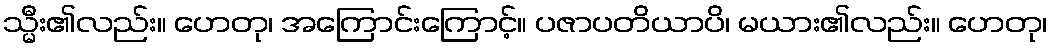
သ္မီး၏လည်း။ ဟေတု၊ အကြောင်းကြောင့်။ ပဇာပတိယာပိ၊ မယား၏လည်း။ ဟေတု၊